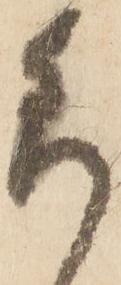
尚